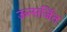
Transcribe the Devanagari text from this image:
ऊत्सर्जित